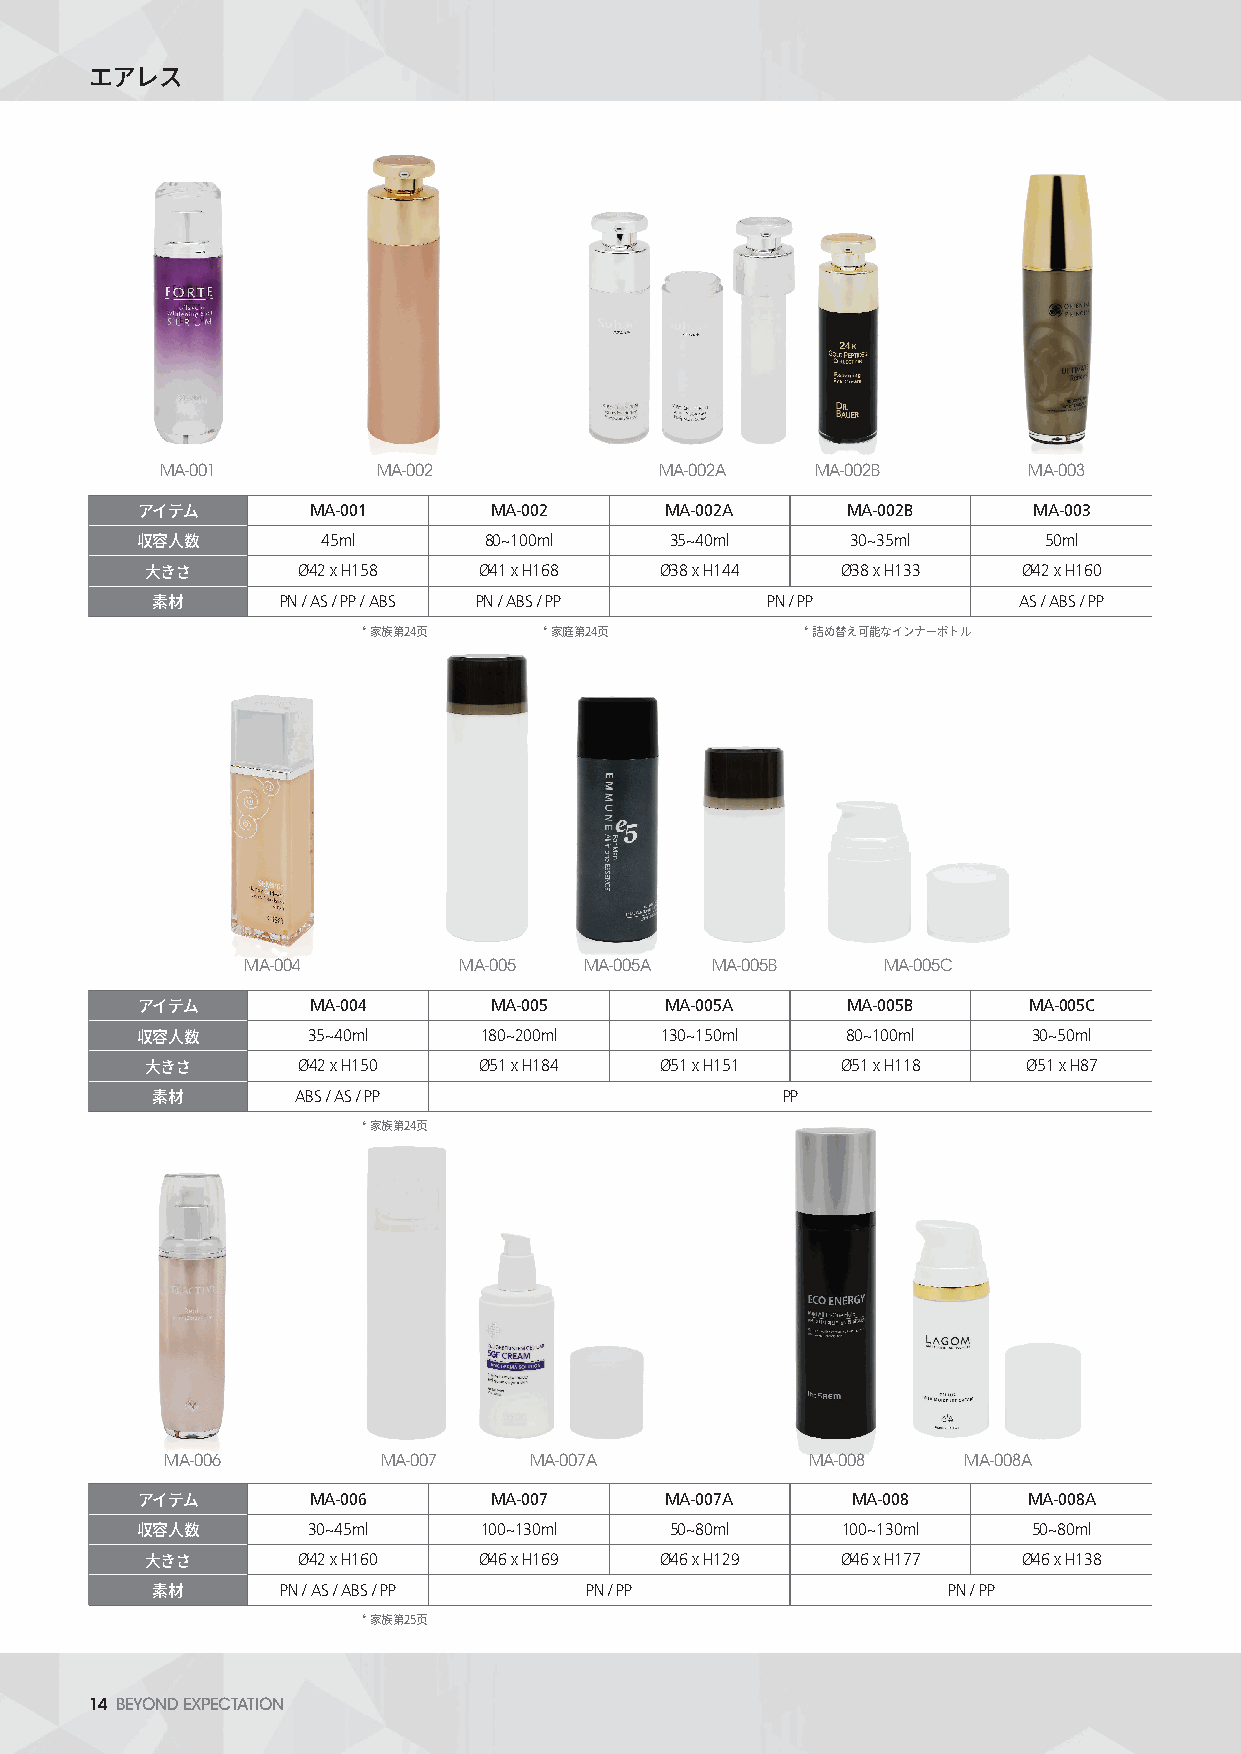
エアレス
 MA-001        MA-002             MA-002A   MA-002B       MA-003
 MA-001      MA-002      MA-002A     MA-002B     MA-003
 アイテム
 45ml       80~100ml    35~40ml     30~35ml      50ml
 収容人数
 Ø42 x H158  Ø41 x H168  Ø38 x H144  Ø38 x H133  Ø42 x H160
 大きさ
 PN / AS / PP / ABS PN / ABS / PP PN / PP        AS / ABS / PP
 素材
 *           *                *
 家族第24页      家庭第24页            詰め替え可能なインナーボトル
 MA-004        MA-005   MA-005A MA-005B    MA-005C
 MA-004      MA-005      MA-005A     MA-005B     MA-005C
 アイテム
 35~40ml     180~200ml   130~150ml   80~100ml    30~50ml
 収容人数
 Ø42 x H150  Ø51 x H184  Ø51 x H151  Ø51 x H118  Ø51 x H87
 大きさ
 ABS / AS / PP                   PP
 素材
 *
 家族第24页
 MA-006        MA-007    MA-007A            MA-008    MA-008A
 MA-006      MA-007      MA-007A     MA-008      MA-008A
 アイテム
 30~45ml     100~130ml   50~80ml     100~130ml   50~80ml
 収容人数
 Ø42 x H160  Ø46 x H169  Ø46 x H129  Ø46 x H177  Ø46 x H138
 大きさ
 PN / AS / ABS / PP  PN / PP                 PN / PP
 素材
 *
 家族第25页
 14 BEYOND EXPECTATION